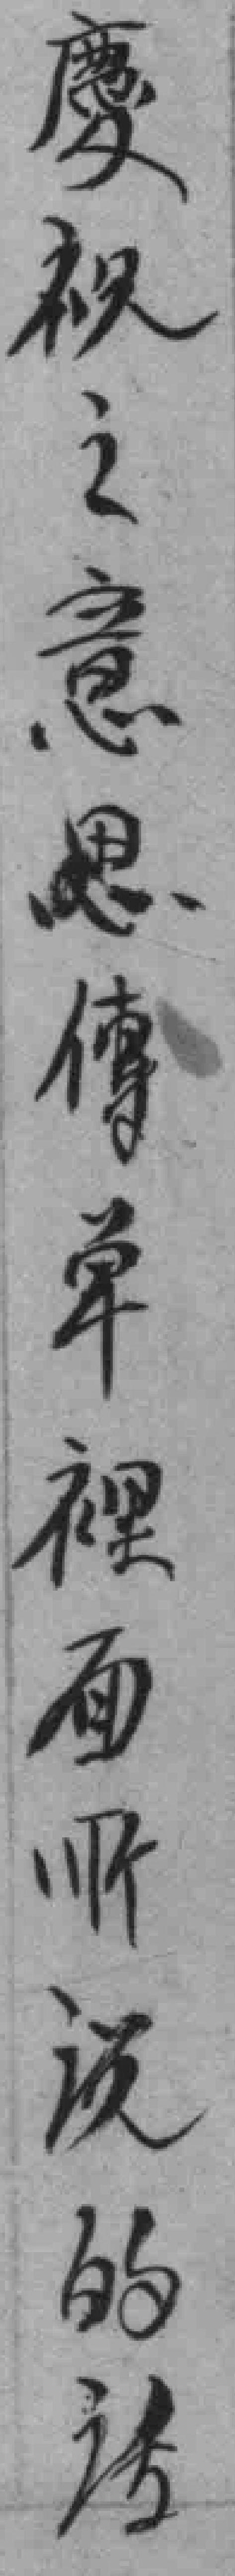
慶祝之意思傳单裡面所说的话